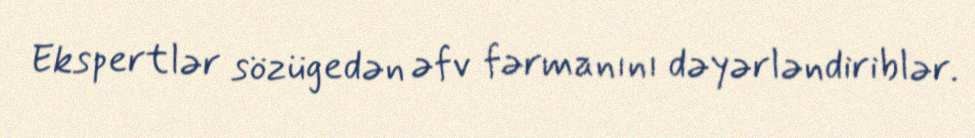
Ekspertlər sözügedən əfv fərmanını dəyərləndiriblər.